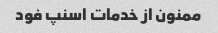
ممنون از خدمات اسنپ فود